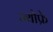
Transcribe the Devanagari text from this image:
ज्योफ्रे